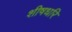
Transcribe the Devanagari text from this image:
शीषधरि